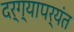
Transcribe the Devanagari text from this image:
दर्ग्यापर्यंत